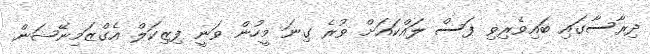
ދިރާސާގައި ބައިވެރިވި ފަސް ލައްކައަށް ވުރެ ގިނަ މީހުން ވަނީ ފިޒިކަލް އެގްޒަމިނޭޝަން